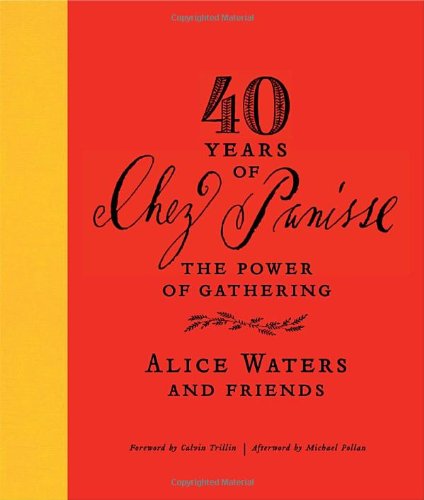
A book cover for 40 Years of Chez Panisse: The Power of Gathering; Alice Waters; Cookbooks, Food & Wine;